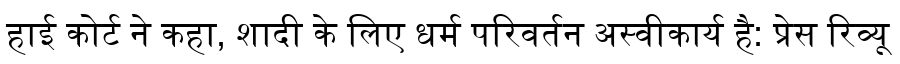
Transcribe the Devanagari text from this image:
हाई कोर्ट ने कहा, शादी के लिए धर्म परिवर्तन अस्वीकार्य है: प्रेस रिव्यू